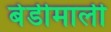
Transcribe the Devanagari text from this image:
बेडीमाली